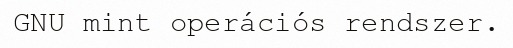
GNU mint operációs rendszer.